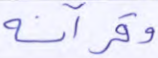
وقرآنه